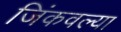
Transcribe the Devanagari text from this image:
जिंकवल्या